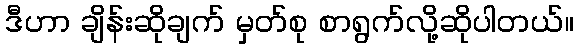
ဒီဟာ ချိန်းဆိုချက် မှတ်စု စာရွက်လို့ဆိုပါတယ်။